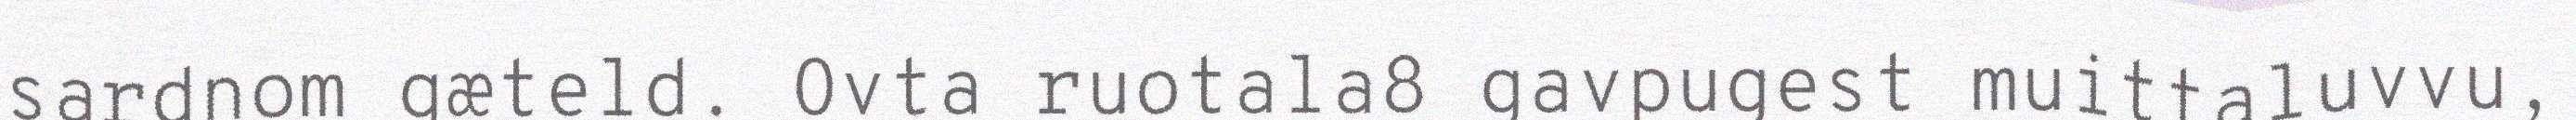
sardnom gæteld. Ovta ruotala8 gavpugest muittaluvvu,